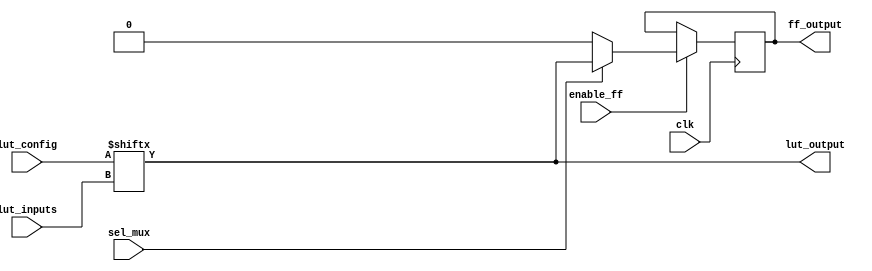
module CLB (
    input wire [3:0] lut_inputs,     // Inputs to the LUT (4 bits)
    input wire [15:0] lut_config,     // Configuration memory for LUT (16 entries for 4 inputs)
    input wire sel_mux,               // Multiplexer select signal
    input wire clk,                   // Clock signal for flip-flop
    input wire enable_ff,             // Enable signal for flip-flop
    output wire lut_output,           // Output from the LUT
    output reg ff_output              // Output from the flip-flop
);

// Lookup Table (LUT) implementation
assign lut_output = lut_config[lut_inputs];

// Multiplexer to select between LUT output and another input (for example, a constant)
wire mux_output;
assign mux_output = sel_mux ? lut_output : 1'b0; // Select between LUT output and 0

// Flip-Flop to store the output of the multiplexer
always @(posedge clk) begin
    if (enable_ff) begin
        ff_output <= mux_output; // Store the output of the multiplexer
    end
end

endmodule